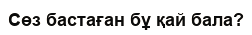
Сөз бастаған бұ қай бала?